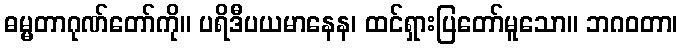
ဓမ္မတာဂုဏ်တော်ကို။ ပရိဒီပယမာနေန၊ ထင်ရှားပြတော်မူသော။ ဘဂဝတာ၊